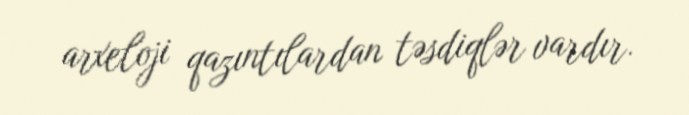
arxeloji qazıntılardan təsdiqlər vardır.